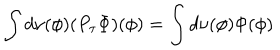
\int d \nu ( \phi ) ( P _ { \tau } \Phi ) ( \phi ) = \int d \nu ( \phi ) \Phi ( \phi )